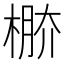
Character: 𣔷